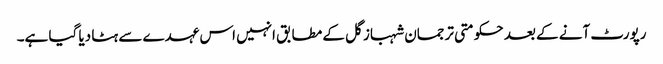
رپورٹ آنے کے بعد حکومتی ترجمان شہباز گل کے مطابق انہیں اس عہدے سے ہٹا دیا گیا ہے۔